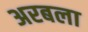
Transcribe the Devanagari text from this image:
अरबला